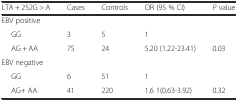
<table><thead><tr><td><b>LTA + 252G &gt; A</b></td><td><b>Cases</b></td><td><b>Controls</b></td><td><b>OR (95 % CI)</b></td><td><b><i>P</i> value</b></td></tr></thead><tbody><tr><td>EBV positive</td><td></td><td></td><td></td><td></td></tr><tr><td>GG</td><td>3</td><td>5</td><td>1</td><td></td></tr><tr><td>AG + AA</td><td>75</td><td>24</td><td>5.20 (1.22-23.41)</td><td>0.03</td></tr><tr><td>EBV negative</td><td></td><td></td><td></td><td></td></tr><tr><td>GG</td><td>6</td><td>51</td><td>1</td><td></td></tr><tr><td>AG+ AA</td><td>41</td><td>220</td><td>1.6 1(0.63-3.92)</td><td>0.32</td></tr></tbody></table>